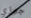
جوزي